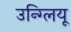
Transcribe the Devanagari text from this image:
उन्ग्लियू